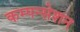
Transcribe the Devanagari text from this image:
कम्पन्सेशन